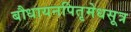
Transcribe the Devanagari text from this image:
बौधायनपितृमेधसूत्र